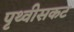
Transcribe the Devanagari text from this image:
पृथ्वीसकट